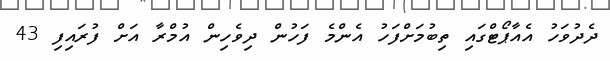
ދެދުވަހު އެއާޕޯޓްގައި ތިބުމަށްފަހު އެންމެ ފަހުން ދިވެހިން އުމްރާ އަށް ފުރައިފި 43